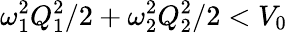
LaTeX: \omega_{1}^{2}Q_{1}^{2}/2+\omega_{2}^{2}Q_{2}^{2}/2<V_{0}